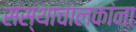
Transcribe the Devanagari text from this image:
संस्थाचालकांना